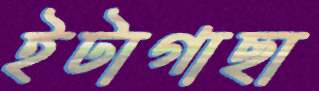
ইটাগাছা